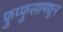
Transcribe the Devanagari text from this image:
फुप्फुसामधून